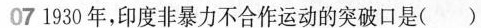
07 1930年，印度非暴力不合作运动的突破口是()